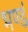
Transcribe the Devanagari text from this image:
भण्डं